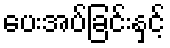
ပေးအပ်ခြင်းနှင့်